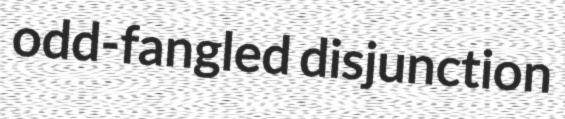
odd-fangled disjunction